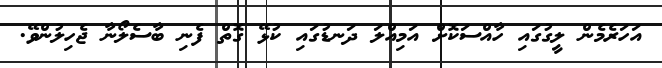
އަހަރެމެން ލީގުގައި ހާއްސަކޮށް އަމިއްލަ ދަނޑުގައި ކުޅޭ ގޮތް ފެނި ބާސެލޯނާ ޖެހިލުންވޭ.